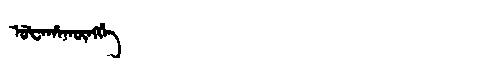
Manchu: ᡠᡶᠠᡥᠠᡴᡡᠩᡤᡝ
Romanization: UFAHAKŪNGGE